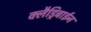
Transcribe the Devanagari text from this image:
क्लैड्रिबाईन